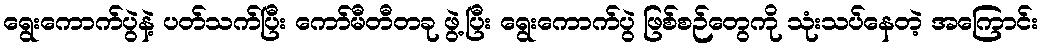
ရွေးကောက်ပွဲနဲ့ ပတ်သက်ပြီး ကော်မီတီတခု ဖွဲ့ပြီး ရွေးကောက်ပွဲ ဖြစ်စဉ်တွေကို သုံးသပ်နေတဲ့ အကြောင်း